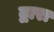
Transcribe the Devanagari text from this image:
द्वारा